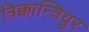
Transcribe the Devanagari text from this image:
त्रिक्कान्तियुर